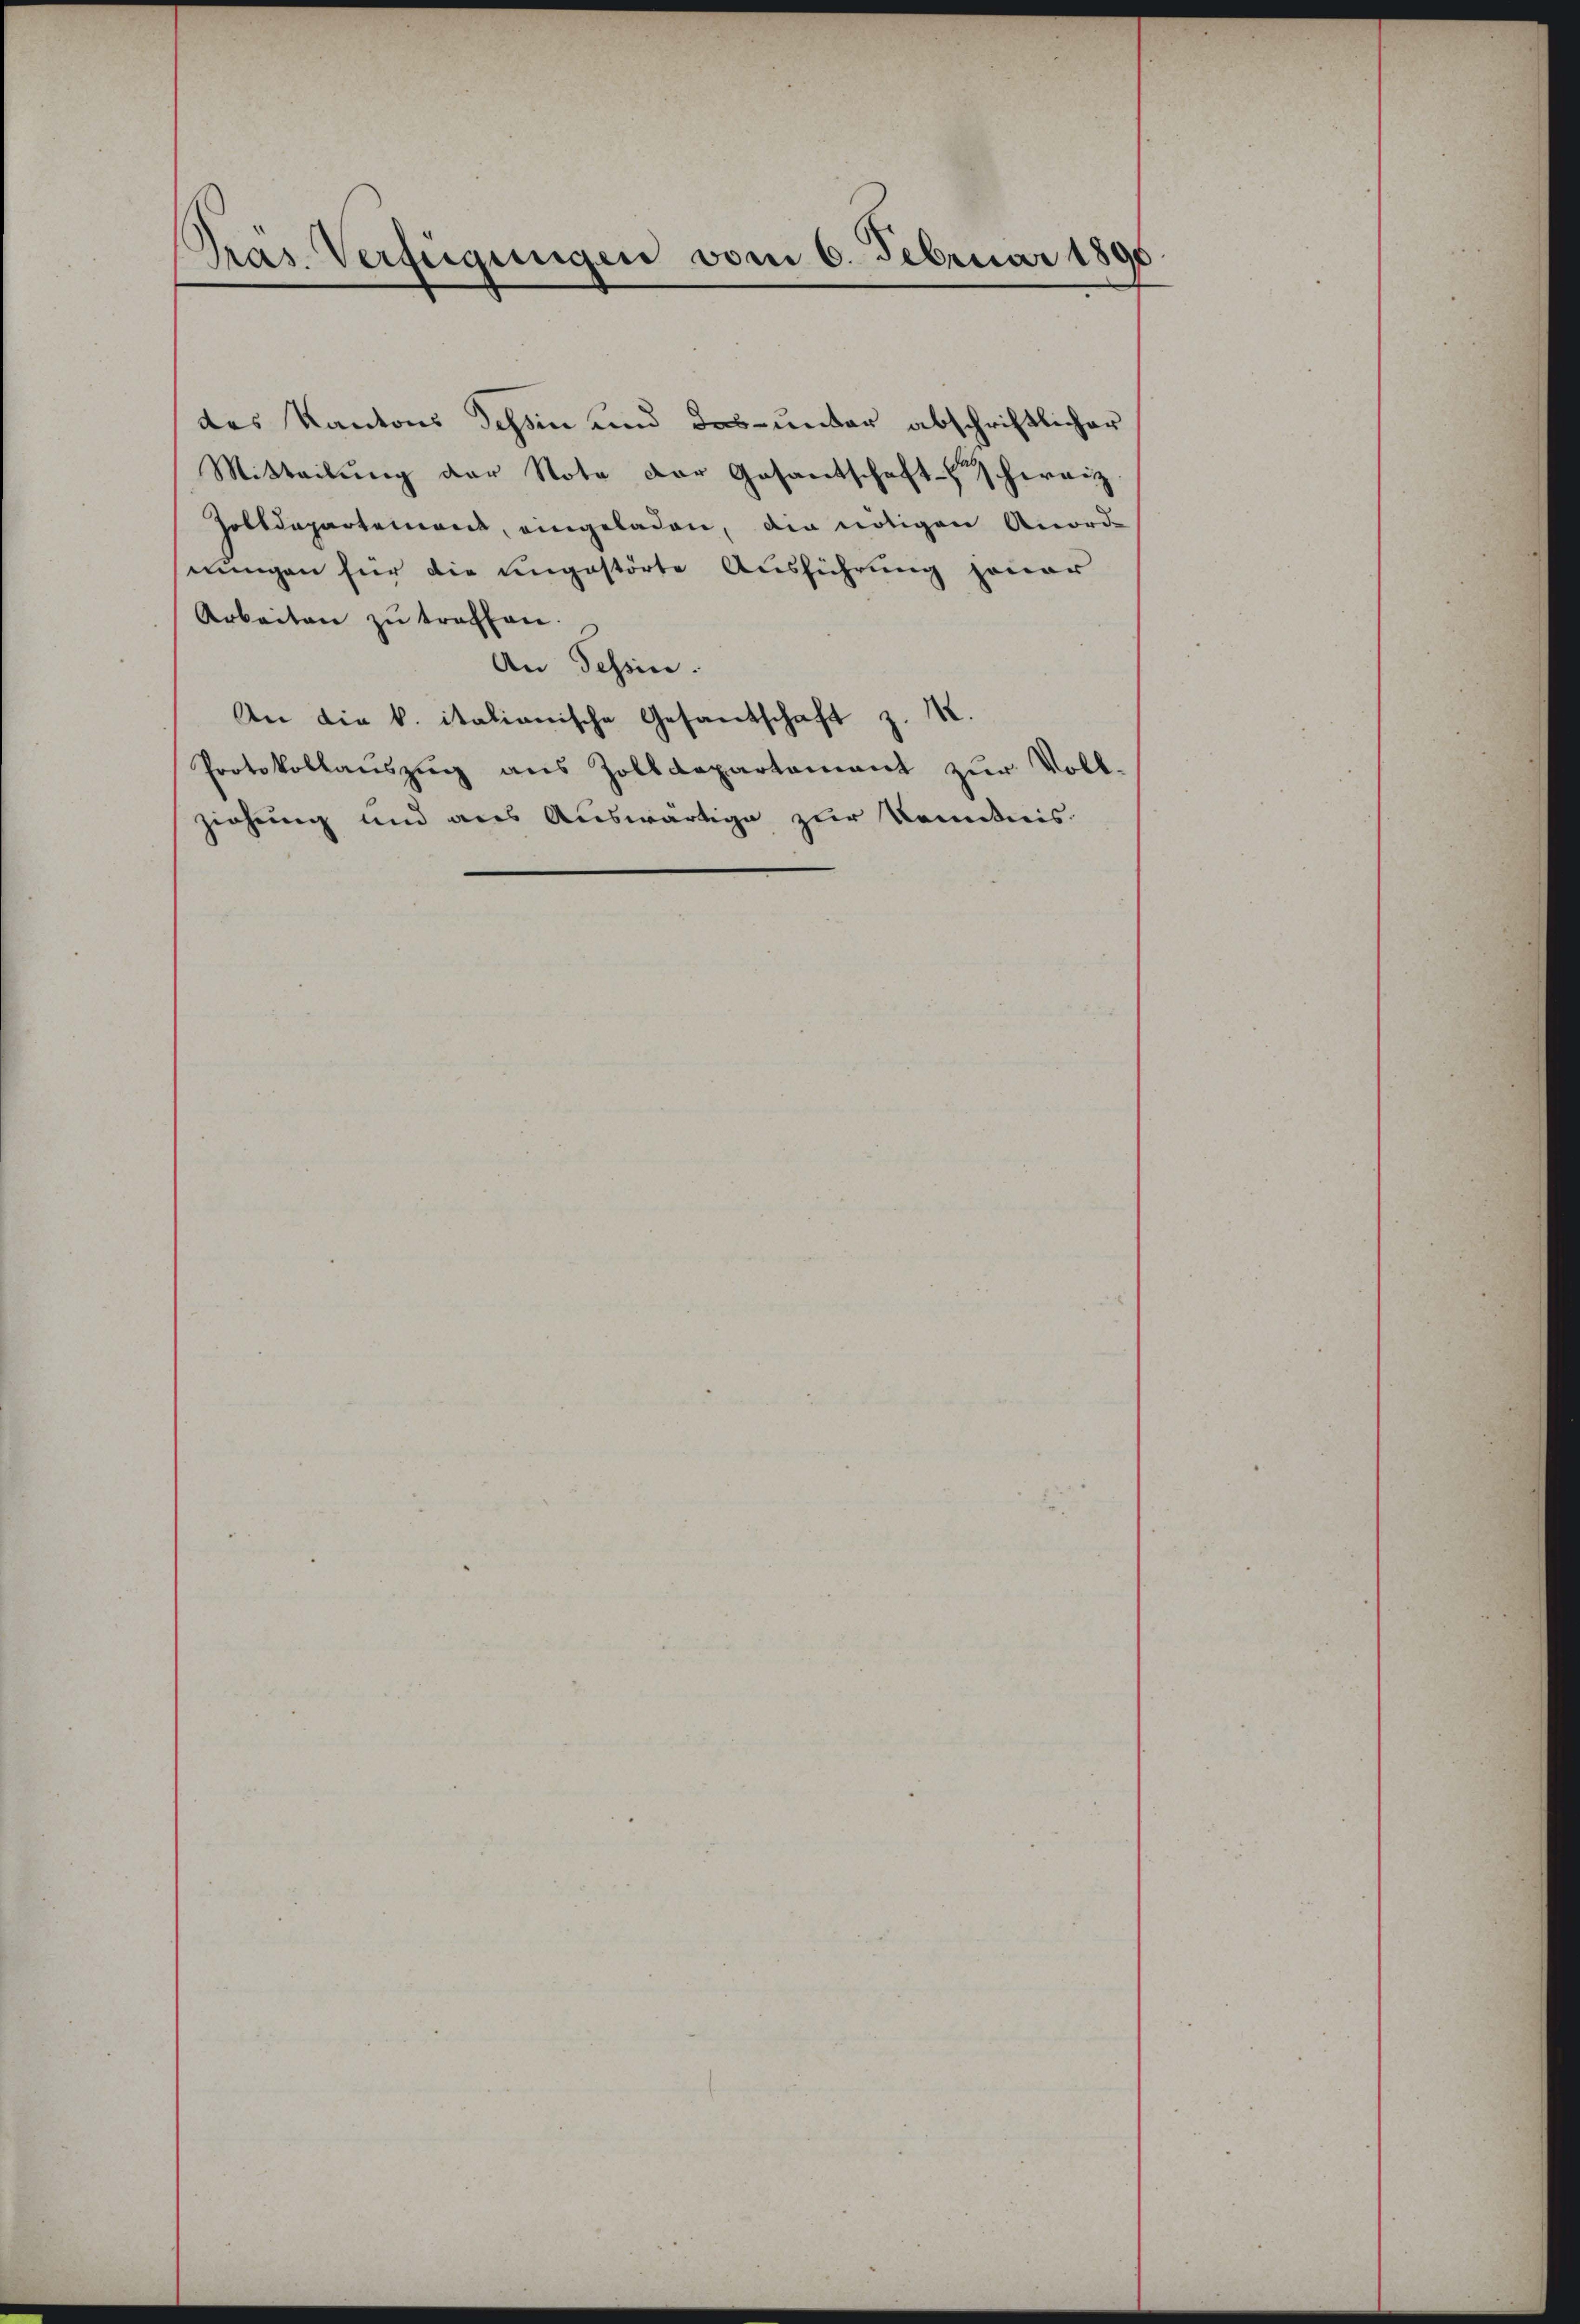
Pras. Verfügungen vom 6. Februar 1890

des Kantons Tessin und das unter abschriftlicher
Mitteilŭng der Note der Gesantschaft schweiz
Zolldepartemont, eingeladen, die nötigen Anord-
nungen für die ungestörte Ausführung jener
Arbeiten zu traffen
An Tessin.
An die k. italianische Gesandschaft z. M.
Protokollauszug aus Zolldepartement zur Voll-
ziehung und aus Auswärtige zur Kenntnis